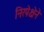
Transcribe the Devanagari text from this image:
निरपेक्षेने